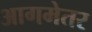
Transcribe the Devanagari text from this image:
आगमेतर